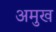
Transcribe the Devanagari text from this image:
अमुख